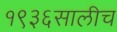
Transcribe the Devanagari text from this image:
१९३६सालीच